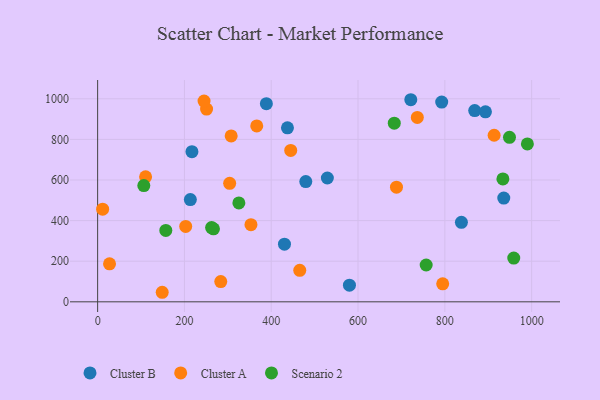
{"axis": {"x": "Study Hours", "y": "Yield"}, "legend": ["Cluster A", "Cluster B", "Scenario 2"], "data": [{"x": "935.8", "y": 511.0, "type": "Cluster B"}, {"x": "217.3", "y": 739.3, "type": "Cluster B"}, {"x": "838.2", "y": 391.4, "type": "Cluster B"}, {"x": "479.6", "y": 592.2, "type": "Cluster B"}, {"x": "580.2", "y": 82.0, "type": "Cluster B"}, {"x": "437.4", "y": 857.0, "type": "Cluster B"}, {"x": "213.6", "y": 503.7, "type": "Cluster B"}, {"x": "721.6", "y": 995.4, "type": "Cluster B"}, {"x": "430.5", "y": 284.1, "type": "Cluster B"}, {"x": "868.8", "y": 941.9, "type": "Cluster B"}, {"x": "893.6", "y": 935.9, "type": "Cluster B"}, {"x": "388.8", "y": 975.8, "type": "Cluster B"}, {"x": "792.8", "y": 983.8, "type": "Cluster B"}, {"x": "529.3", "y": 609.9, "type": "Cluster B"}, {"x": "251.0", "y": 949.5, "type": "Cluster A"}, {"x": "11.5", "y": 456.4, "type": "Cluster A"}, {"x": "688.6", "y": 564.9, "type": "Cluster A"}, {"x": "465.7", "y": 155.1, "type": "Cluster A"}, {"x": "795.1", "y": 88.5, "type": "Cluster A"}, {"x": "27.4", "y": 187.2, "type": "Cluster A"}, {"x": "366.6", "y": 866.2, "type": "Cluster A"}, {"x": "444.9", "y": 745.7, "type": "Cluster A"}, {"x": "353.3", "y": 379.8, "type": "Cluster A"}, {"x": "307.7", "y": 817.0, "type": "Cluster A"}, {"x": "148.8", "y": 47.0, "type": "Cluster A"}, {"x": "283.7", "y": 99.7, "type": "Cluster A"}, {"x": "304.2", "y": 583.6, "type": "Cluster A"}, {"x": "202.9", "y": 371.4, "type": "Cluster A"}, {"x": "913.6", "y": 820.3, "type": "Cluster A"}, {"x": "736.6", "y": 908.2, "type": "Cluster A"}, {"x": "245.2", "y": 988.6, "type": "Cluster A"}, {"x": "110.5", "y": 615.5, "type": "Cluster A"}, {"x": "325.4", "y": 487.2, "type": "Scenario 2"}, {"x": "933.8", "y": 605.5, "type": "Scenario 2"}, {"x": "262.6", "y": 365.7, "type": "Scenario 2"}, {"x": "106.4", "y": 572.7, "type": "Scenario 2"}, {"x": "958.8", "y": 215.3, "type": "Scenario 2"}, {"x": "757.0", "y": 181.3, "type": "Scenario 2"}, {"x": "266.9", "y": 359.4, "type": "Scenario 2"}, {"x": "157.1", "y": 351.7, "type": "Scenario 2"}, {"x": "990.2", "y": 777.9, "type": "Scenario 2"}, {"x": "683.5", "y": 879.9, "type": "Scenario 2"}, {"x": "949.0", "y": 810.1, "type": "Scenario 2"}]}